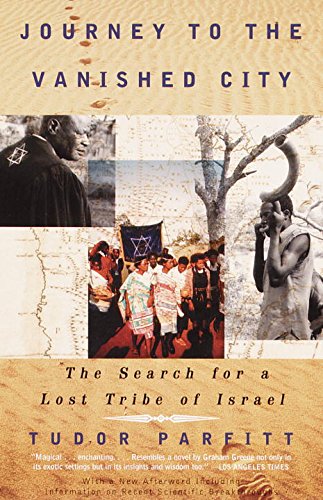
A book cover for Journey To The Vanished City; Tudor Parfitt; History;